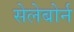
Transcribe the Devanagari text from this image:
सेलेबोर्न